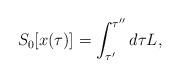
LaTeX: \begin{align*}S_0[x(\tau)] =\int_{\tau'}^{\tau''} d \tau L,\end{align*}